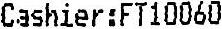
CASHIER:FT10060